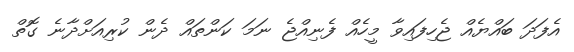
އެފަދަ ބައްޔެއް ޖެހިފައިވާ މީހެއް ފެނިއްޖެ ނަމަ ކަންތައް ދެން ކުރިއަށްދާނެ ގޮތް